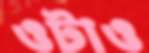
ওটাও